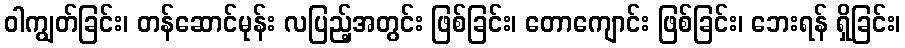
ဝါကျွတ်ခြင်း၊ တန်ဆောင်မုန်း လပြည့်အတွင်း ဖြစ်ခြင်း၊ တောကျောင်း ဖြစ်ခြင်း၊ ဘေးရန် ရှိခြင်း၊